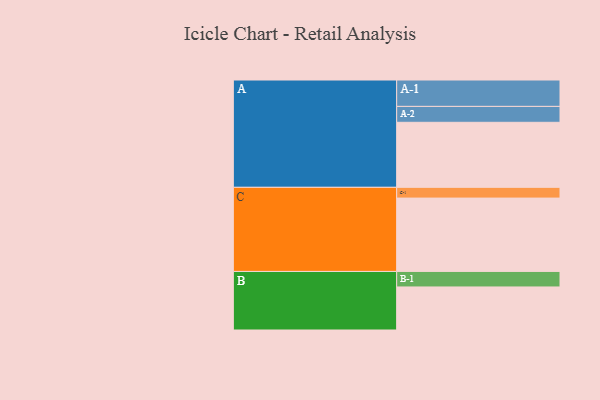
{"axis": {"x": "Segment", "y": "Value"}, "legend": ["", "A", "B", "C"], "data": [{"x": "A", "y": 532, "type": ""}, {"x": "B", "y": 352, "type": ""}, {"x": "C", "y": 600, "type": ""}, {"x": "A-1", "y": 216, "type": "A"}, {"x": "A-2", "y": 130, "type": "A"}, {"x": "B-1", "y": 127, "type": "B"}, {"x": "C-1", "y": 88, "type": "C"}]}